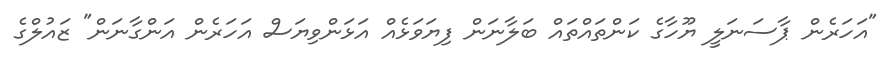
"އަހަރެން ޕާސަނަލީ ޔޫހާގެ ކަންތައްތައް ބަލާނަން ފިޔަވަޅެއް އަޅަންވިޔަސް އަހަރެން އަންގާނަން" ޒައުލްގެ